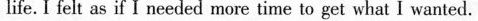
I fek asif I needed more time to get what I wansed.